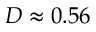
D \approx 0 . 5 6